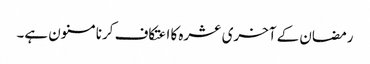
رمضان کے آخری عشرہ کا اعتکاف کرنا مسنون ہے۔